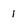
Character: 1